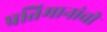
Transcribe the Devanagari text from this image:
प्रतिमानांची